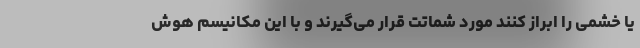
یا خشمی را ابراز کنند مورد شماتت قرار می‌گیرند و با این مکانیسم هوش